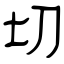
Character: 切